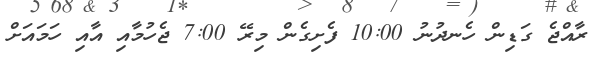
ރާއްޖެ ގަޑިން ހެނދުނު 10:00 ފެށިގެން މިރޭ 7:00 ޖެހުމާއި އާއި ހަމައަށް